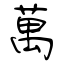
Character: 萬